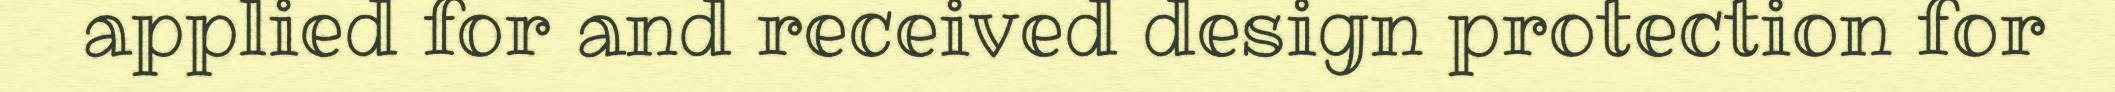
applied for and received design protection for